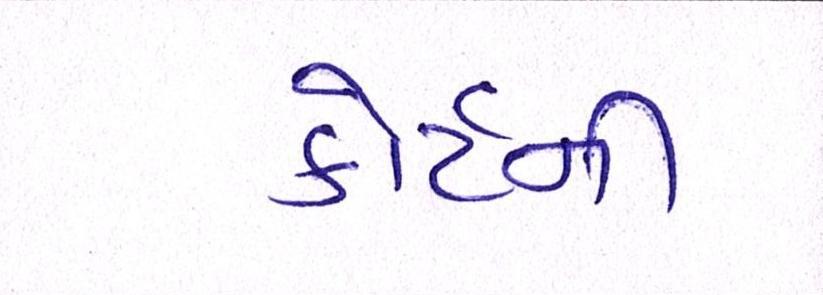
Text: કોર્ટની